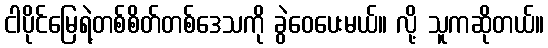
ငါပိုင်မြေရဲ့တစ်စိတ်တစ်ဒေသကို ခွဲဝေပေးမယ်။ လို့ သူကဆိုတယ်။